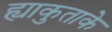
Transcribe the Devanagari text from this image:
ह्याकुताके